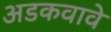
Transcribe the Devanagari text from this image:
अडकवावे